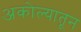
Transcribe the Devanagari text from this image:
अकोल्यातून